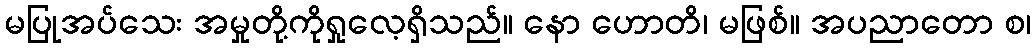
မပြုအပ်သေး အမှုတို့ကိုရှုလေ့ရှိသည်။ နော ဟောတိ၊ မဖြစ်။ အပညာတော စ၊